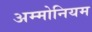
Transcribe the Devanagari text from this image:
अम्मोनियम